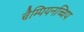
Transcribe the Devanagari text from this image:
चैम्पियनच्चिप